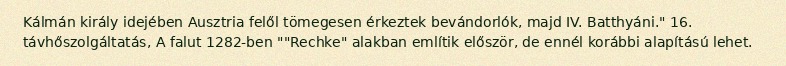
Kálmán király idejében Ausztria felől tömegesen érkeztek bevándorlók, majd IV. Batthyáni." 16.  távhőszolgáltatás, A falut 1282-ben ""Rechke" alakban említik először, de ennél korábbi alapítású lehet.